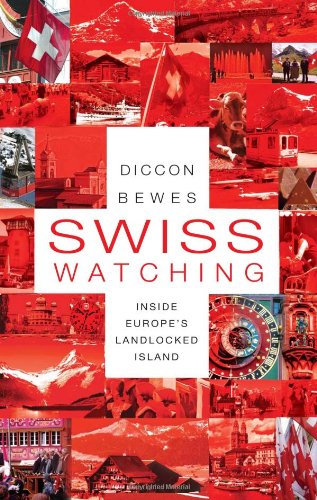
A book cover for Swiss Watching: Inside Europe's Landlocked Island; Diccon Bewes; Travel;